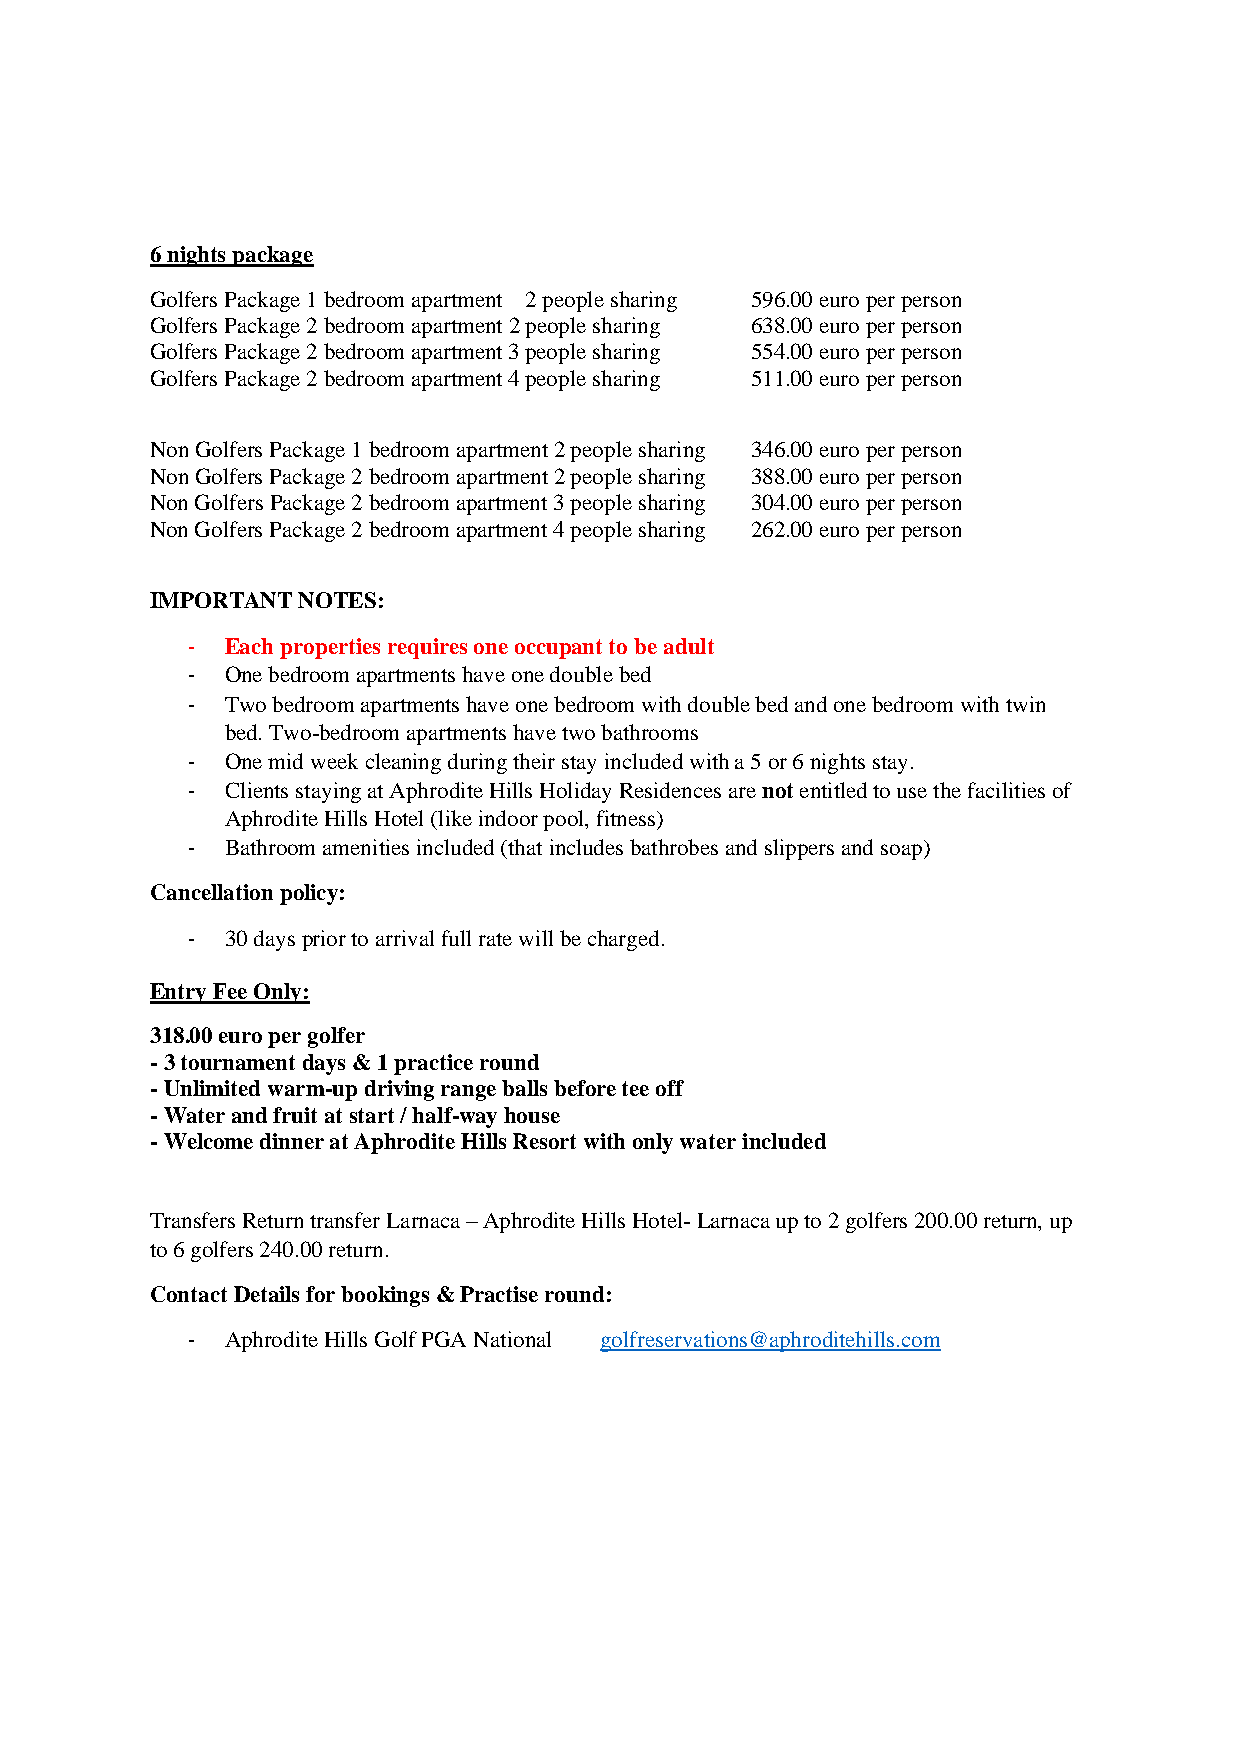
6 nights package
 Golfers Package 1 bedroom apartment 2 people sharing 596.00 euro per person
 Golfers Package 2 bedroom apartment 2 people sharing 638.00 euro per person
 Golfers Package 2 bedroom apartment 3 people sharing 554.00 euro per person
 Golfers Package 2 bedroom apartment 4 people sharing 511.00 euro per person
 Non Golfers Package 1 bedroom apartment 2 people sharing 346.00 euro per person
 Non Golfers Package 2 bedroom apartment 2 people sharing 388.00 euro per person
 Non Golfers Package 2 bedroom apartment 3 people sharing 304.00 euro per person
 Non Golfers Package 2 bedroom apartment 4 people sharing 262.00 euro per person
 IMPORTANT NOTES:
 -  Each properties requires one occupant to be adult
 -  One bedroom apartments have one double bed
 -  Two bedroom apartments have one bedroom with double bed and one bedroom with twin
 bed. Two-bedroom apartments have two bathrooms
 -  One mid week cleaning during their stay included with a 5 or 6 nights stay.
 -  Clients staying at Aphrodite Hills Holiday Residences are not entitled to use the facilities of
 Aphrodite Hills Hotel (like indoor pool, fitness)
 -  Bathroom amenities included (that includes bathrobes and slippers and soap)
 Cancellation policy:
 -  30 days prior to arrival full rate will be charged.
 Entry Fee Only:
 318.00 euro per golfer
 - 3 tournament days & 1 practice round
 - Unlimited warm-up driving range balls before tee off
 - Water and fruit at start / half-way house
 - Welcome dinner at Aphrodite Hills Resort with only water included
 Transfers Return transfer Larnaca – Aphrodite Hills Hotel- Larnaca up to 2 golfers 200.00 return, up
 to 6 golfers 240.00 return.
 Contact Details for bookings & Practise round:
 -  Aphrodite Hills Golf PGA National golfreservations@aphroditehills.com